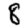
Digit: 8